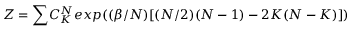
Z = { \large \sum } C _ { K } ^ { N } e x p { \large ( } ( \beta / N ) [ ( N / 2 ) ( N - 1 ) - 2 K ( N - K ) ] { \large ) }